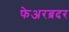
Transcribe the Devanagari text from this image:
फेअरब्रदर